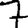
Digit: 7